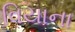
વિયાના